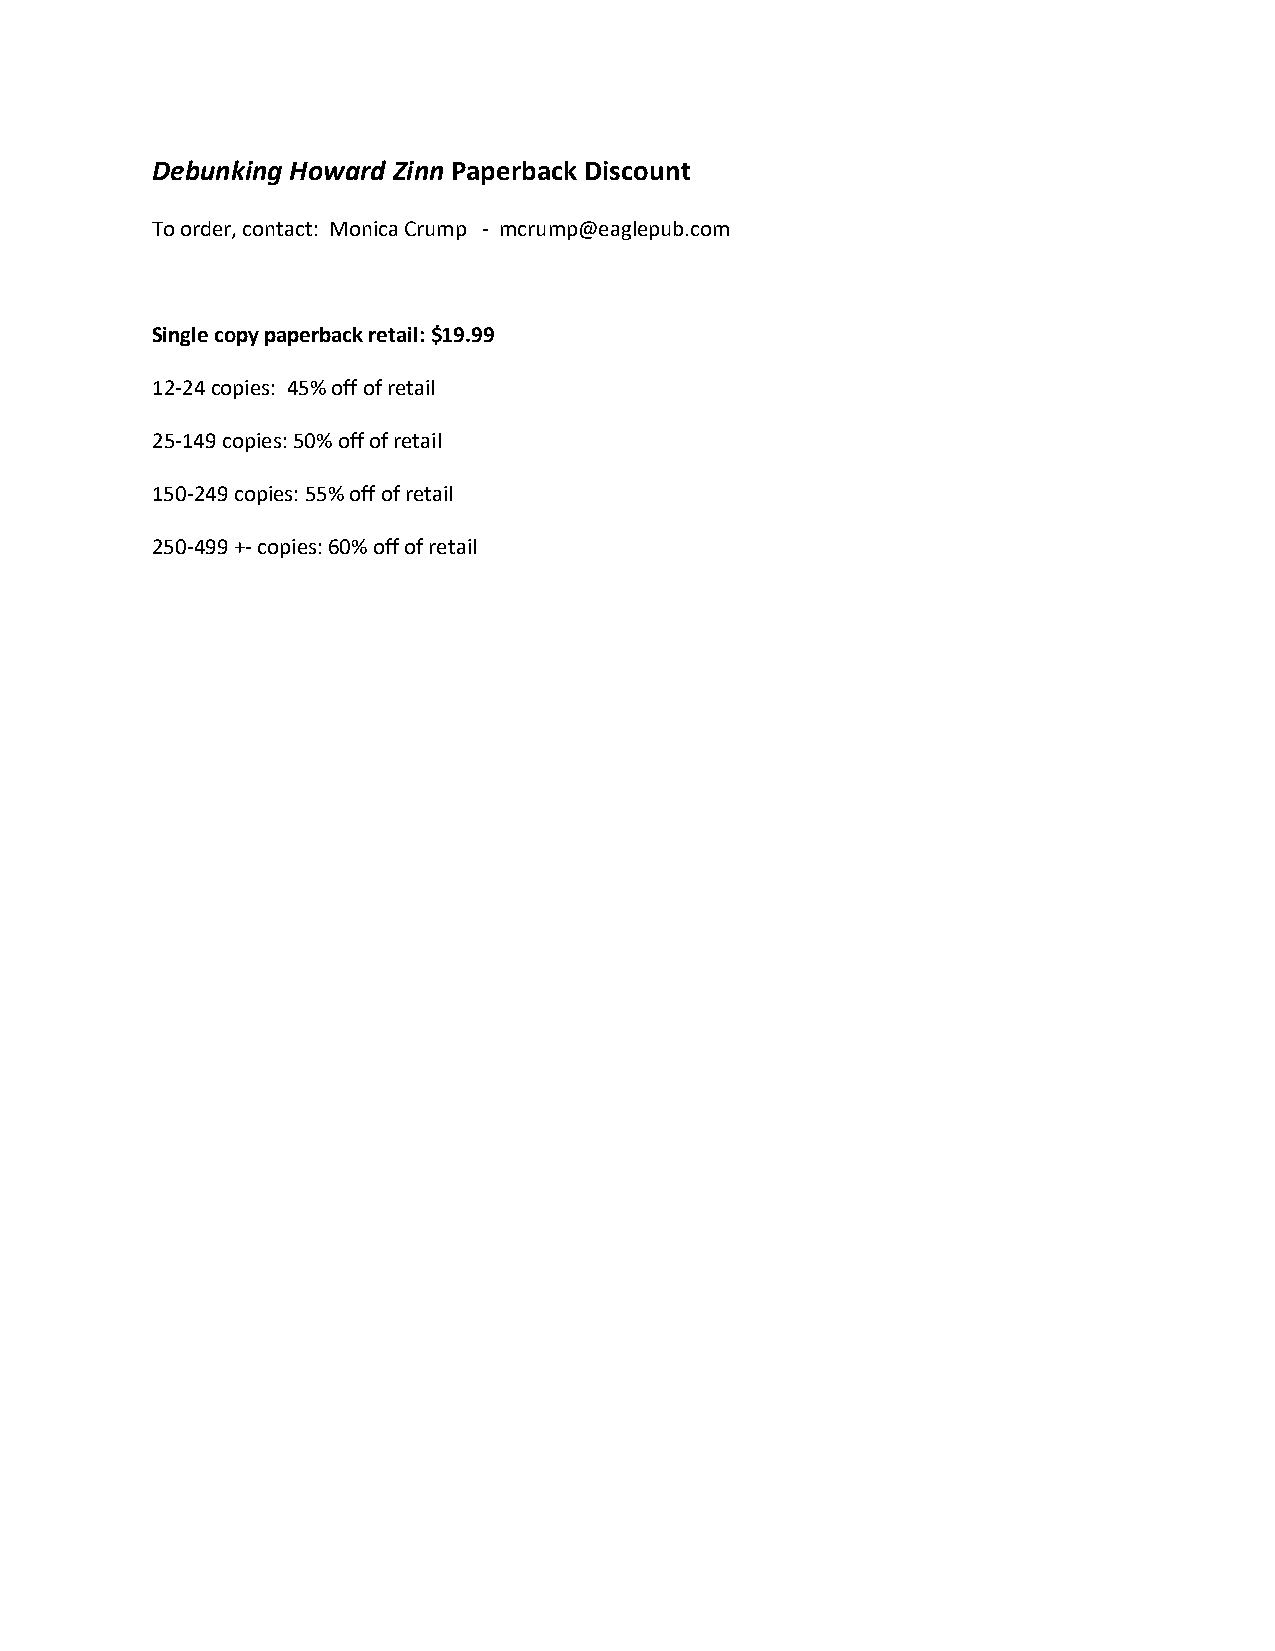
Debunking Howard Zinn Paperback Discount
 To order, contact: Monica Crump - mcrump@eaglepub.com
 Single copy paperback retail: $19.99
 12-24 copies: 45% off of retail
 25-149 copies: 50% off of retail
 150-249 copies: 55% off of retail
 250-499 +- copies: 60% off of retail